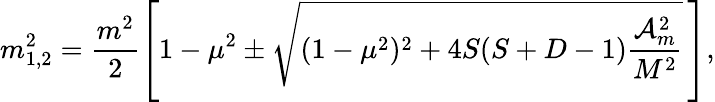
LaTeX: m_{1,2}^{2}=\frac{m^{2}}{2}\left[1-\mu^{2}\pm\sqrt{(1-\mu^{2})^{2}+4S(S+D-1)\frac{{\cal A}_{m}^{2}}{M^{2}}}\, \right]{,}